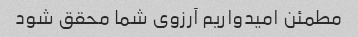
مطمئن امیدواریم آرزوی شما محقق شود